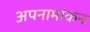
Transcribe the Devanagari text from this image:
अपनामांकन